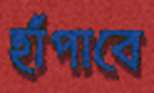
হাঁপাবে